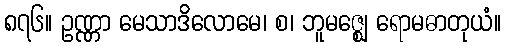
၈၇၆။ ဥဏ္ဏာ မေသာဒိလောမေ၊ စ၊ ဘူမဇ္ဈေ ရောမဓာတုယံ။